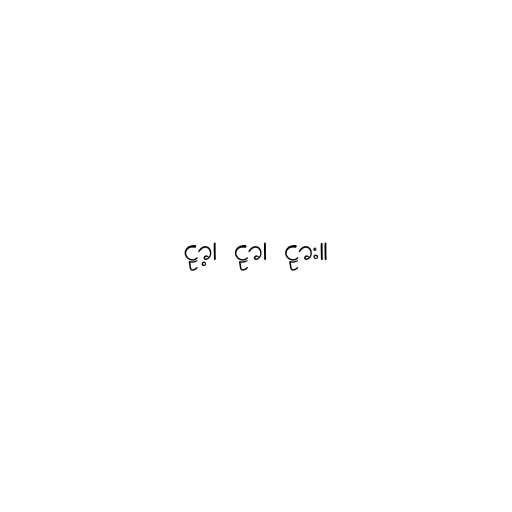
ဠာ့၊ ဠာ၊ ဠား။